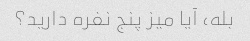
بله، آیا میز پنج نفره دارید؟